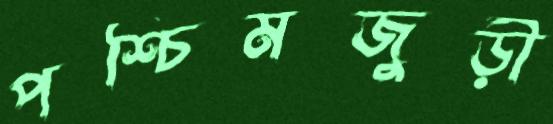
পশ্চিমজুড়ী